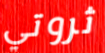
ثروتي